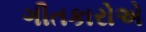
ગીતકારોએ